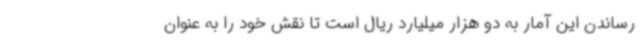
رساندن این آمار به دو هزار میلیارد ریال است تا نقش خود را به عنوان